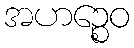
အဟဉ္စေဝ